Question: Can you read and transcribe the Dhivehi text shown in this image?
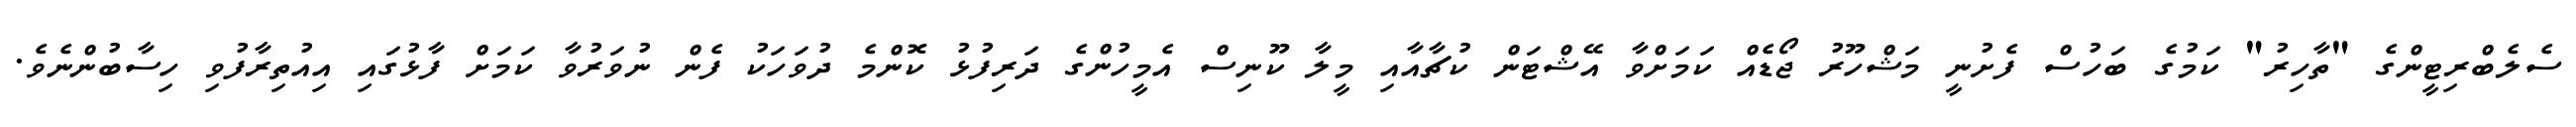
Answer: ސެލެބްރިޓީންގެ "ތާހިރު" ކަމުގެ ބަހުސް ފެށުނީ މަޝްހޫރު ޖޯޑެއް ކަމަށްވާ އޭޝްޓަން ކުޗާއާއި މީލާ ކޫނިސް އެމީހުންގެ ދަރިފުޅު ކޮންމެ ދުވަހަކު ފެން ނުވަރުވާ ކަމަށް ފާޅުގައި އިއުތިރާފުވި ހިސާބުންނެވެ.